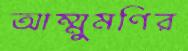
আম্মুমণির